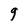
Character: 9